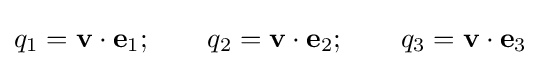
q_{1}=\mathbf {v} \cdot \mathbf {e} _{1};\qquad q_{2}=\mathbf {v} \cdot \mathbf {e} _{2};\qquad q_{3}=\mathbf {v} \cdot \mathbf {e} _{3}